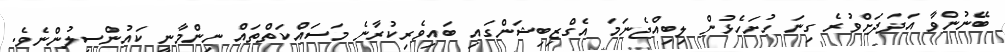
ބޭނުންވާ އަދަދަށްވުރެ ގިނަ ހުށަހެޅުން ލިބިއްޖެނަމަ އެގްޒިބިޝަންގައި ބައިވެރިކުރާނެ މަސައްކަތްތައް ނިންމާނީ ކައުންސިލުންނެވެ.